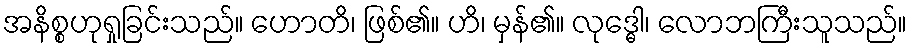
အနိစ္စဟုရှုခြင်းသည်။ ဟောတိ၊ ဖြစ်၏။ ဟိ၊ မှန်၏။ လုဒ္ဓေါ၊ လောဘကြီးသူသည်။